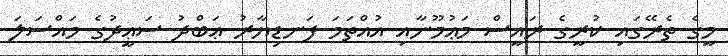
މީގެ ތެރޭގައި ކުރީގެ ރައީސް މަޢުމޫނާއި އުއްތަމަ ފަނޑިޔާރު ޢަބްދު ސަޢީދުގެ މައްސަލަ